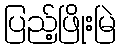
ပြည့်ဖြိုးမြဲ